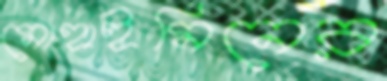
মোহাইমিনের